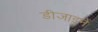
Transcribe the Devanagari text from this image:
डीजाइनें